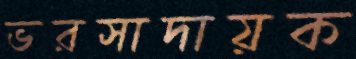
ভরসাদায়ক